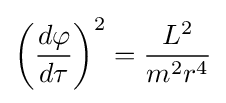
{\left({\frac {d\varphi }{d\tau }}\right)}^{2}={\frac {L^{2}}{m^{2}r^{4}}}